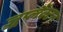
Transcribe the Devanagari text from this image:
ज़ूप्लैंक्टन